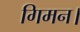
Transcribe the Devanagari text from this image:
गिमन।